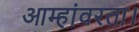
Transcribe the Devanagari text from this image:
आम्हांवरता।